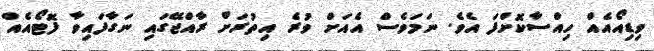
ވިޑިއޯއެއް ހިއްސާކޮށްފަ އެވެ. ނަމަވެސް އެއަށް ވުރެ އިތުރަށް ރާއްޖޭގައި ނަގާފައިވާ ފޮޓޯއެއް